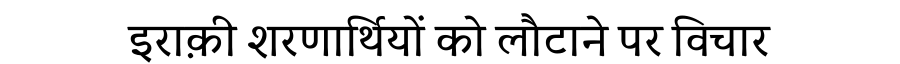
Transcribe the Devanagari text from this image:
इराक़ी शरणार्थियों को लौटाने पर विचार